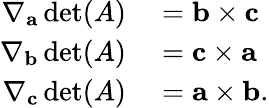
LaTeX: \begin{array}{rl}{\nabla_{\mathbf{a}}\operatorname*{det}(A)}&{{}=\mathbf{b}\times\mathbf{c}}\\ {\nabla_{\mathbf{b}}\operatorname*{det}(A)}&{{}=\mathbf{c}\times\mathbf{a}}\\ {\nabla_{\mathbf{c}}\operatorname*{det}(A)}&{{}=\mathbf{a}\times\mathbf{b}.}\end{array}